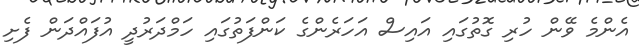
އެންމެ ވޭން ހުރި ގޮތުގައި އައިސް އަހަރެންގެ ކަންފަތުގައި ހަމްދަރުދީ އުފައްދަން ފެށި